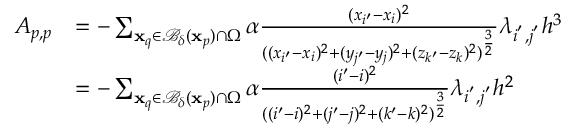
\begin{array} { r l } { A _ { p , p } } & { = - \sum _ { \mathbf { x } _ { q } \in \mathcal { B } _ { \delta } ( \mathbf { x } _ { p } ) \cap \Omega } \alpha \frac { ( x _ { i ^ { \prime } } - x _ { i } ) ^ { 2 } } { ( ( x _ { i ^ { \prime } } - x _ { i } ) ^ { 2 } + ( y _ { j ^ { \prime } } - y _ { j } ) ^ { 2 } + ( z _ { k ^ { \prime } } - z _ { k } ) ^ { 2 } ) ^ { \frac { 3 } { 2 } } } \lambda _ { i ^ { ' } , j ^ { ' } } h ^ { 3 } } \\ & { = - \sum _ { \mathbf { x } _ { q } \in \mathcal { B } _ { \delta } ( \mathbf { x } _ { p } ) \cap \Omega } \alpha \frac { ( i ^ { \prime } - i ) ^ { 2 } } { ( ( i ^ { \prime } - i ) ^ { 2 } + ( j ^ { \prime } - j ) ^ { 2 } + ( k ^ { \prime } - k ) ^ { 2 } ) ^ { \frac { 3 } { 2 } } } \lambda _ { i ^ { ' } , j ^ { ' } } h ^ { 2 } } \end{array}